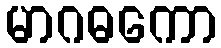
မာဂဓကော